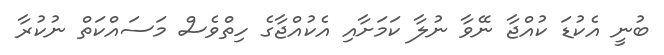
ބުނީ އެކުޑަ ކުއްޖާ ނޭވާ ނުލާ ކަމަށާއި އެކުއްޖާގެ ހިތްވެސް މަސައްކަތް ނުކުރާ